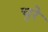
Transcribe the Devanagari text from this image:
चुरे